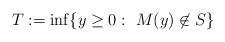
LaTeX: \begin{align*}T:=\inf\{y\ge 0: \ M(y)\not \in S\}\end{align*}